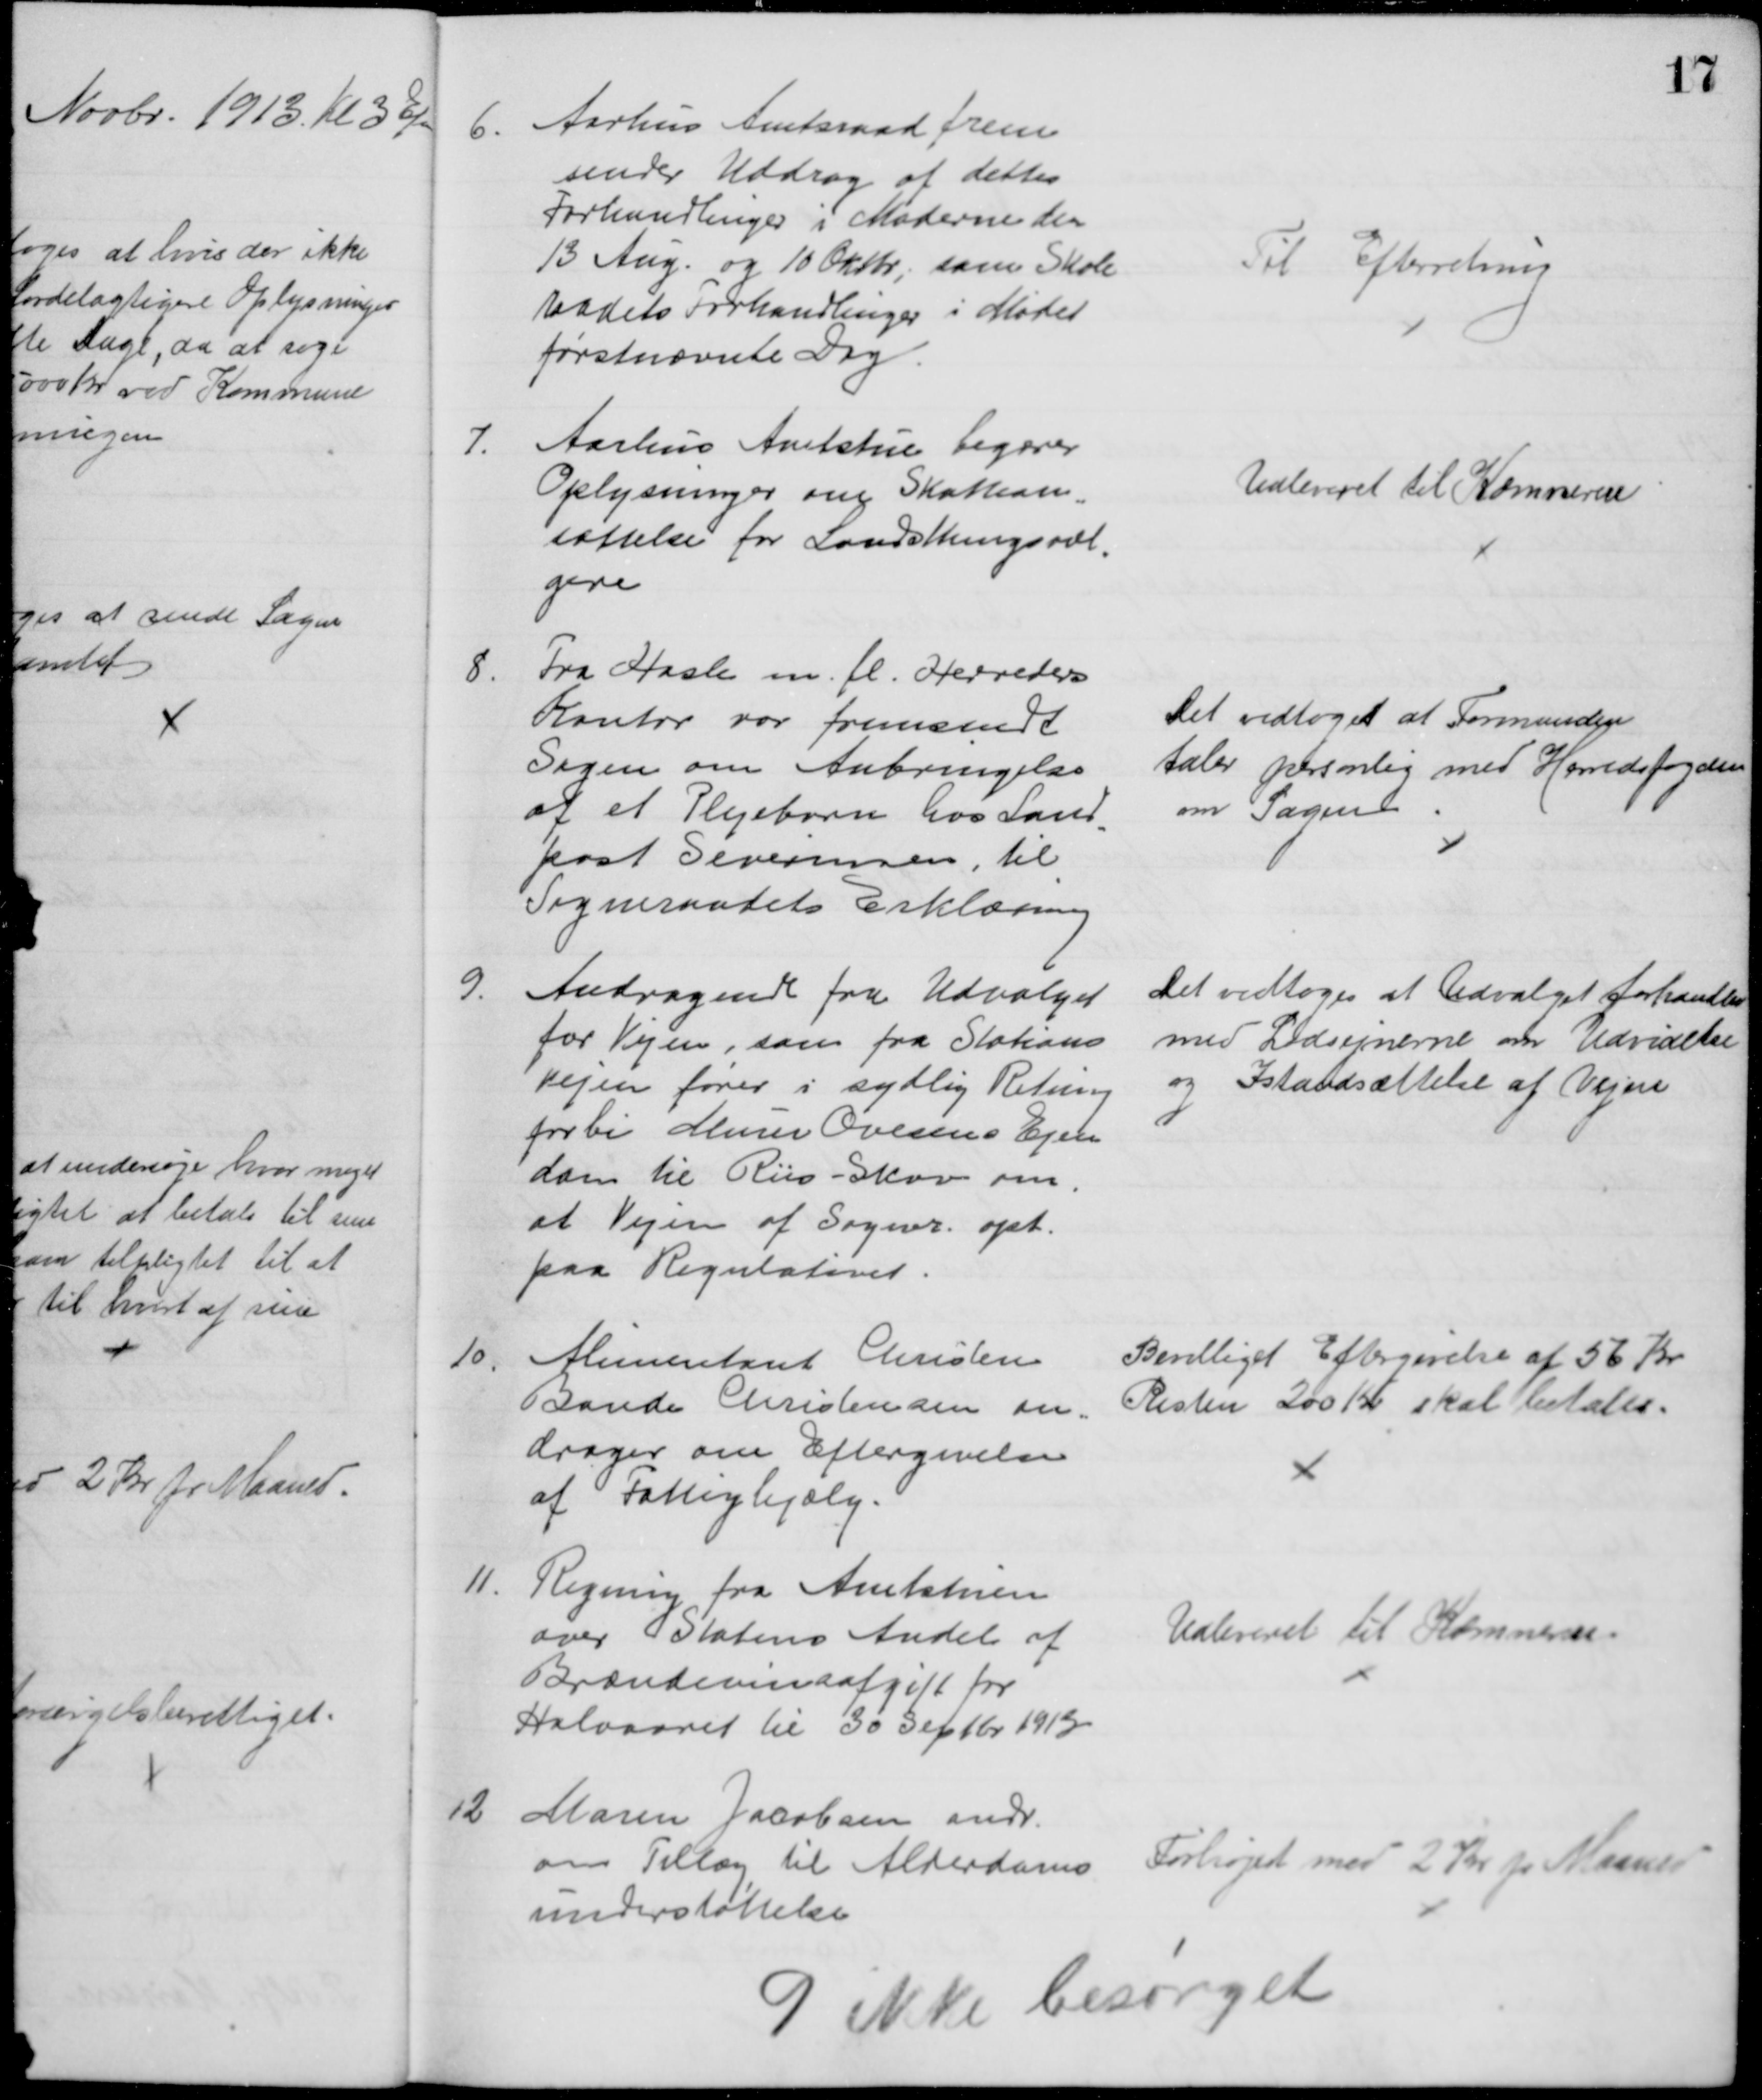
Transskription:
6.
Aarhus Amtsraad frem
sender Uddrag af dettes 
Forhandlinger i Møderne den
13 Aug. og 10 Oktbr; sam Skole
radets Forhandlinger i Mødet
førstnævnte Dag.
Til Efterretning
7.
Aarhus Amtstue begærer
Oplysninger om Skattean
=
sættelse for Landsthingsvæl
=
gere
Udleveret til Kæmneren
8.
Fra Hasle m. fl. Herreders
Kontor var fremsendt
Sagen om Anbringelse
af et Plejebarn hos Land
=
post Severinsen, til
Sogneraadets Erklæring
Det vedtoges at Formanden
taler personlig med Herredsfogden
om Sagen
9.
Andragende fra Udvalget
for Vejen, som fra Stations
Vejen fører i sydlig Retning
forbi Murer Ovesens Ejen
dom til Riis-Skov om
at Vejen af Sogner. opt.
paa Regulativet.
Det vedtoges at Udvalget forhandler 
med Lodsejnerne om Udvidelse
og Istandsættelse af Vejen
10.
Alimentant Christen
Bonde Christensen an=
drager om Eftergivelse
af Fattighjælp.
Bevilliget Eftergivelse af 56 Kr
Resten 200 Kr skal betales.
11.
Regning fra Amtstuen
over Statens Andel af
Brændevinsafgift for
Halvaaret til 30 Septbr. 19139
Udleveret til Kæmneren.
12
Maren Jacobsen andr.
om Tillæg til Alderdoms
understøttelse
Forhøjet med 2 Kr pr Maaned
9 ikke besørget